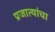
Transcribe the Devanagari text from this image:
प्रजात्यांचा